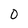
Character: 0